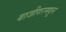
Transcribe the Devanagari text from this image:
बाजीगरमधून